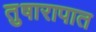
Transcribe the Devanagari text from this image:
तुषारापात